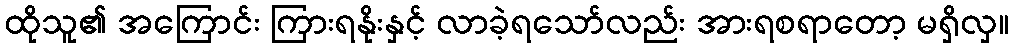
ထိုသူ၏ အကြောင်း ကြားရနိုးနှင့် လာခဲ့ရသော်လည်း အားရစရာတော့ မရှိလှ။